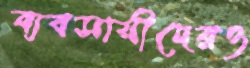
ব্যবসায়ীদেরও